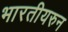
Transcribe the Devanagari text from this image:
भारतीयरुन